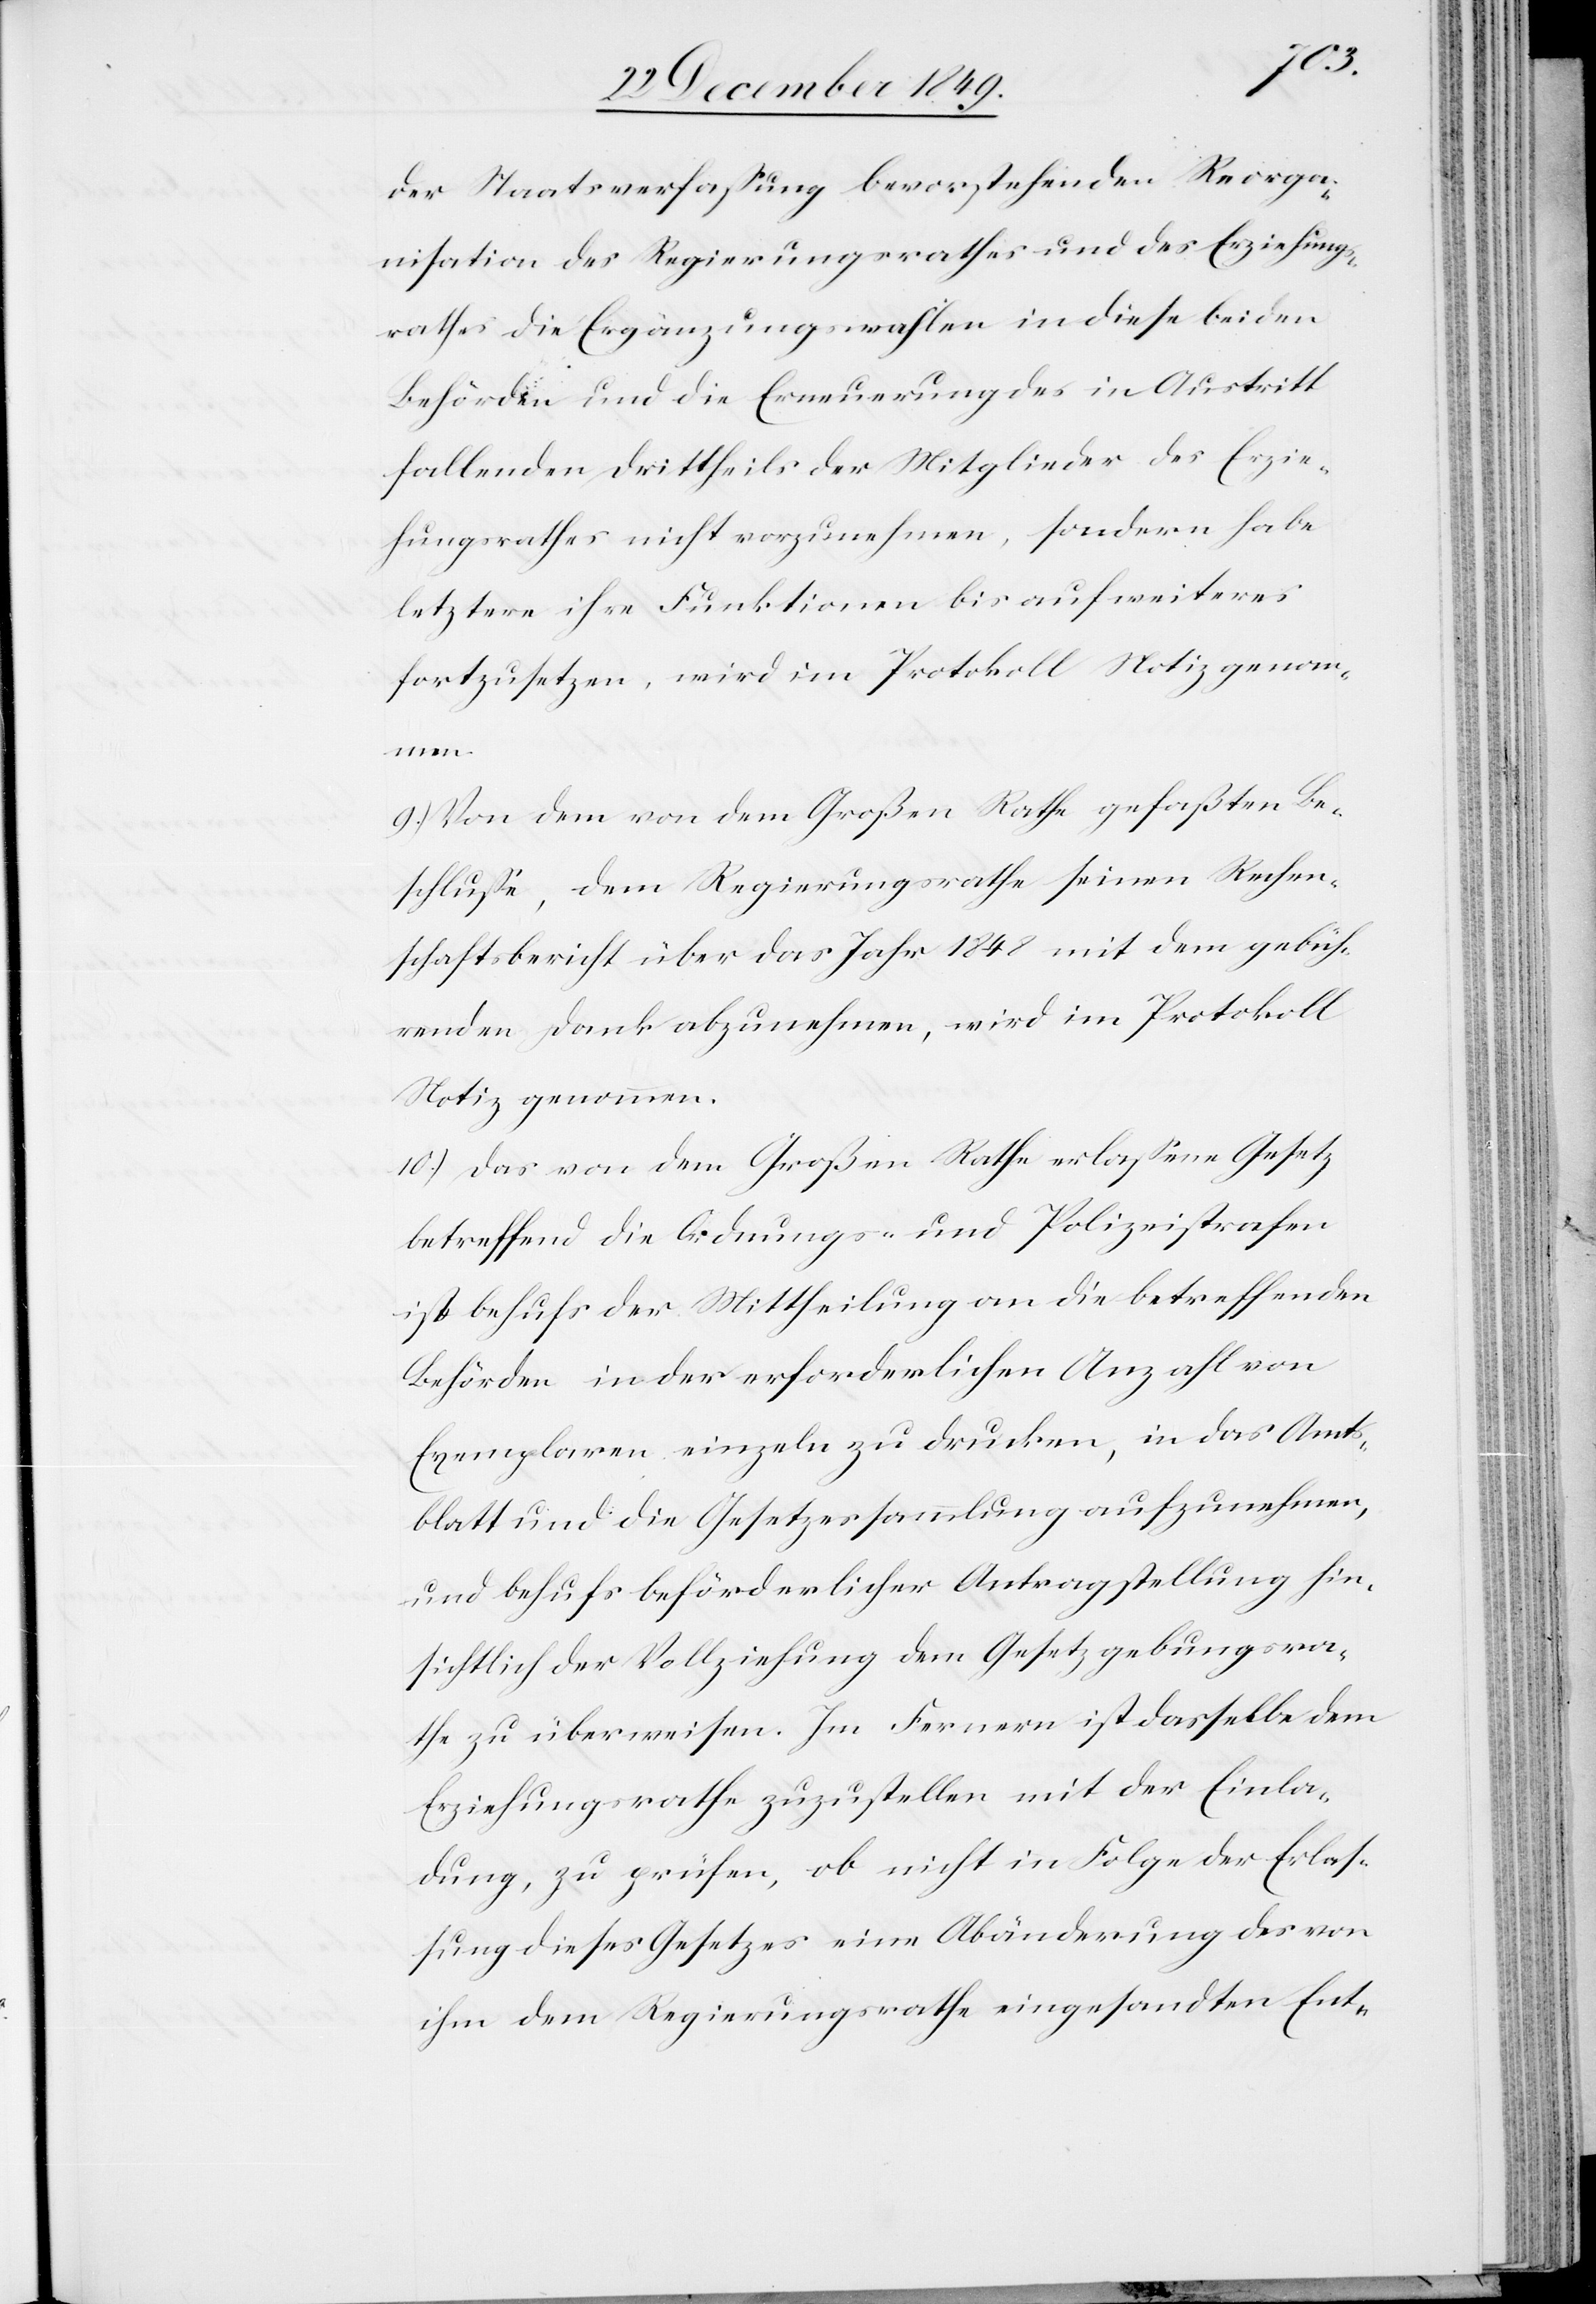
der Staatsverfaßung bevorstehenden Reorga¬
nisation des Regierungsrathes und des Erziehungs¬
rathes die Ergänzungswahlen in diese beiden
Behörden und die Erneuerung des in Austritt
fallenden Drittheils der Mitglieder des Erzie¬
hungsrathes nicht vorzunehmen, sondern habe
letztere ihre Funktionen bis auf weiteres
fortzusetzen, wird im Protokoll Notiz genomm¬
en.
9.) Von dem von dem Großen Rathe gefaßten Be¬
schluße, dem Regierungsrathe seinen Rechen¬
schaftsbericht über das Jahr 1848 mit dem gebüh¬
renden Dank abzunehmen, wird im Protokoll
Notiz genommen.
10.) Das von dem Großen Rathe erlaßene Gesetz
betreffend die Ordnungs- und Polizeisstrafen
ist behufs der Mittheilung an die betreffenden
Behörden in der erforderlichen Anzahl von
Exemplaren einzeln zu drucken, in das Amts¬
blatt und die Gesetzessammlung aufzunehmen,
und behufs beförderlicher Antragsstellung hin¬
sichtlich der Vollziehung dem Gesetzgebungsra¬
the zu überweisen. Im Fernern ist dasselbe dem
Erziehungsrathe zuzustellen mit der Einla¬
dung, zu prüfen, ob nicht in Folge der Erlas¬
sung dieses Gesetzes eine Abänderung des von
ihm dem Regierungsrathe eingesandten Ent-